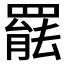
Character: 𮊒